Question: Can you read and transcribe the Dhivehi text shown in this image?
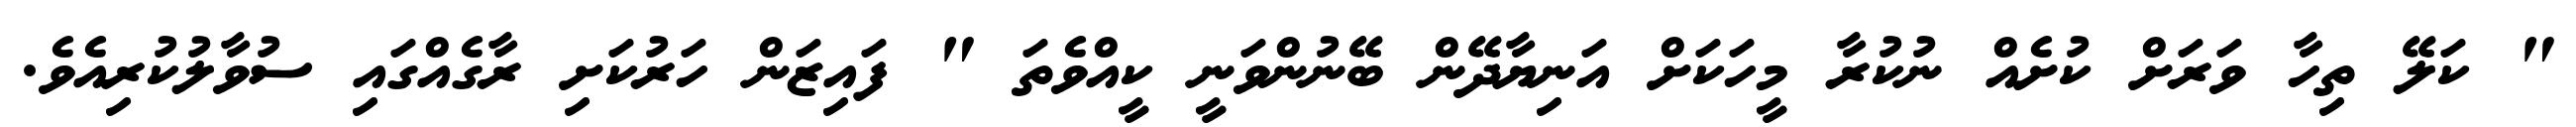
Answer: " ކަލޭ ތިހާ ވަރަށް ކުށެއް ނުކުރާ މީހަކަށް އަނިޔާދޭން ބޭނުންވަނީ ކީއްވެތަ " ފައިޒަން ހަރުކަށި ރާގެއްގައި ސުވާލުކުރިއެވެ.